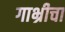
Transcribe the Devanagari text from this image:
गाभ्रीचा